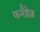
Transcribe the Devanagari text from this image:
फर्नॅंडेज़